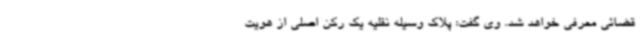
قضائی معرفی خواهد شد. وی گفت: پلاک وسیله نقلیه یک رکن اصلی از هویت